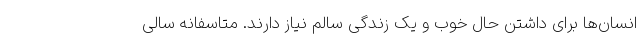
انسان‌ها برای داشتن حال خوب و یک زندگی سالم نیاز دارند. متاسفانه سالی